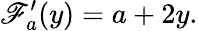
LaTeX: \mathscr{F}_{a}^{\prime}(y)=a+2y.